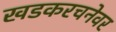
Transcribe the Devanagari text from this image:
खडकरचनेवर